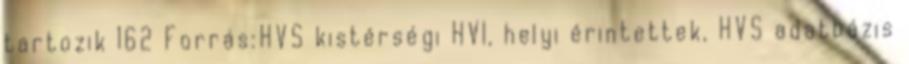
tartozik 162 Forrás:HVS kistérségi HVI, helyi érintettek, HVS adatbázis